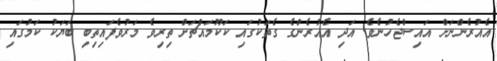
އެއުރެންނަށް އައިސްޖެހުނެވެ. އަދި އެއުރެންގެ ގެތަކުގައި ކަކޫމައްޗަށް ތިރިވެ މަރުވެފައިތިބި ބަޔަކު ކަމުގައި